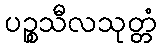
ပဉ္စသီလသုတ္တံ